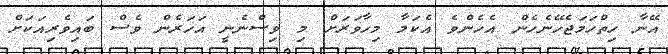
އޭނާ ހިތްހަމަޖެހޭނެހެން އެހެންވެ އެކަމާ މިހާވަރަށް މި ވިސްނެނީ އަހަރެން ވެސް ބައިވެރިއަކަށް